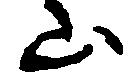
山